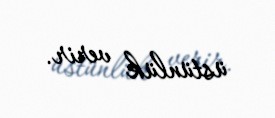
üstünlük verir.